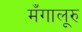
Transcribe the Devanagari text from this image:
मँगालूरु